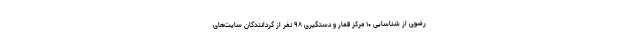
رضوی از شناسایی ۱۰ مرکز قمار و دستگیری ۹۸ نفر از گردانندگان سایت‌های